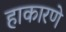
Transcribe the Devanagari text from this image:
हाकारणे